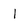
Character: l